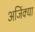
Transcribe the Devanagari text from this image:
अजिंक्या